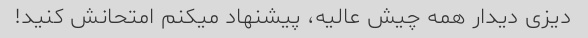
دیزی دیدار همه چیش عالیه، پیشنهاد میکنم امتحانش کنید!